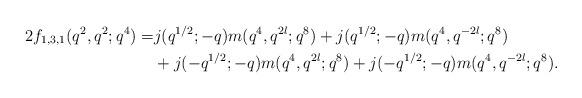
LaTeX: \begin{align*}2f_{1,3,1}(q^2,q^2;q^4)=&j(q^{1/2};-q)m(q^4,q^{2l};q^8)+j(q^{1/2};-q)m(q^4,q^{-2l};q^8)\\&+j(-q^{1/2};-q)m(q^4,q^{2l};q^8)+j(-q^{1/2};-q)m(q^4,q^{-2l};q^8).\end{align*}